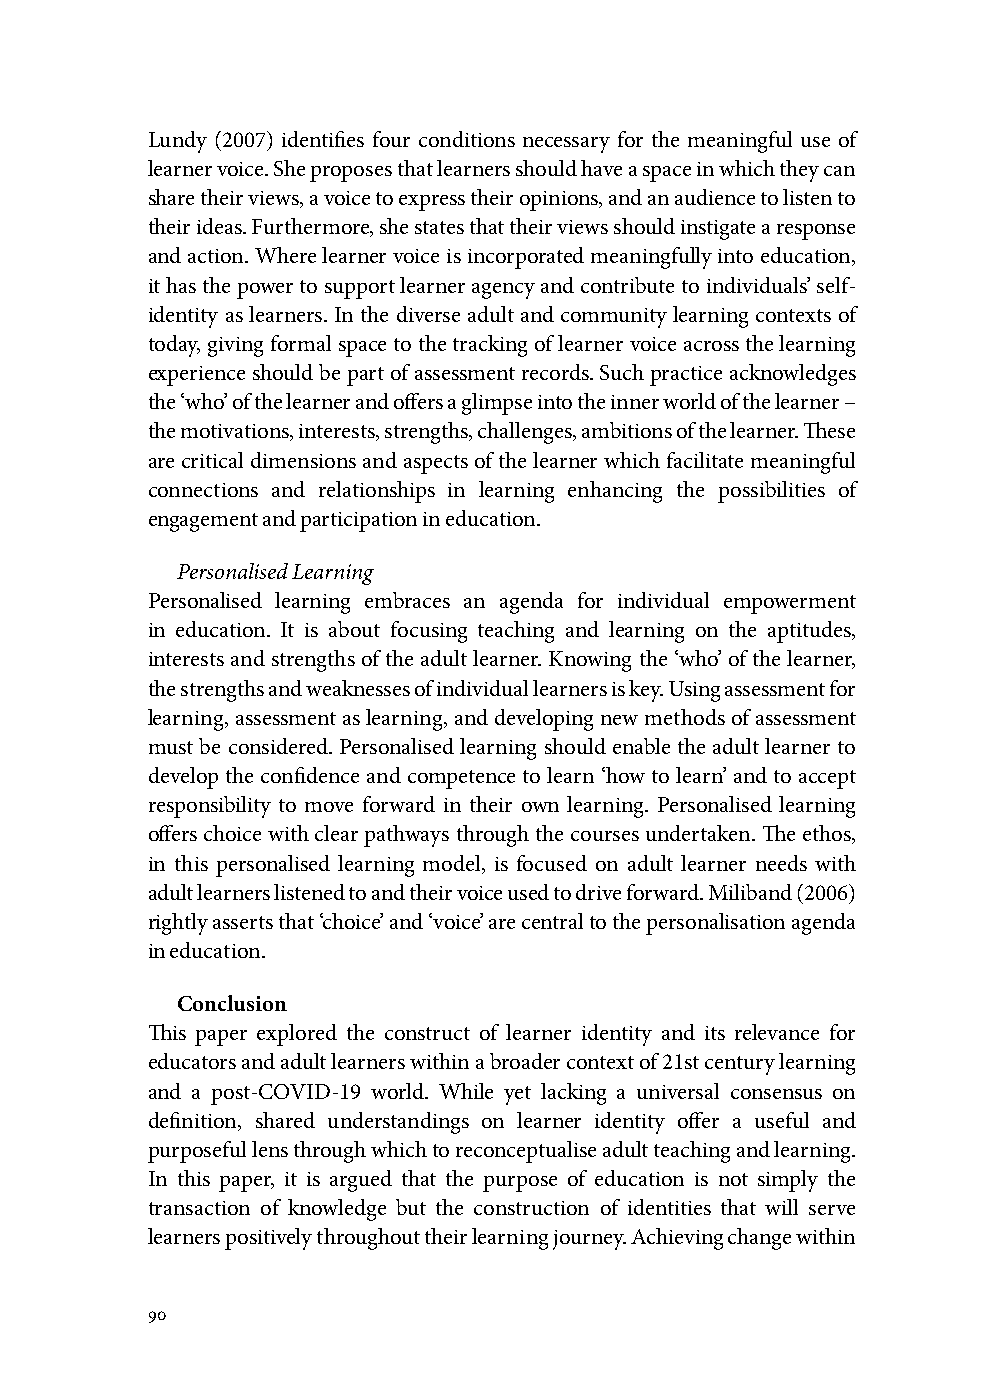
Lundy (2007) identifies four conditions necessary for the meaningful use of
 learner voice. She proposes that learners should have a space in which they can
 share their views, a voice to express their opinions, and an audience to listen to
 their ideas. Furthermore, she states that their views should instigate a response
 and action. Where learner voice is incorporated meaningfully into education,
 it has the power to support learner agency and contribute to individuals’ self-
 identity as learners. In the diverse adult and community learning contexts of
 today, giving formal space to the tracking of learner voice across the learning
 experience should be part of assessment records. Such practice acknowledges
 the ‘who’ of the learner and offers a glimpse into the inner world of the learner –
 the motivations, interests, strengths, challenges, ambitions of the learner. These
 are critical dimensions and aspects of the learner which facilitate meaningful
 connections and relationships in learning enhancing the possibilities of
 engagement and participation in education.
 Personalised Learning
 Personalised learning embraces an agenda for individual empowerment
 in education. It is about focusing teaching and learning on the aptitudes,
 interests and strengths of the adult learner. Knowing the ‘who’ of the learner,
 the strengths and weaknesses of individual learners is key. Using assessment for
 learning, assessment as learning, and developing new methods of assessment
 must be considered. Personalised learning should enable the adult learner to
 develop the confidence and competence to learn ‘how to learn’ and to accept
 responsibility to move forward in their own learning. Personalised learning
 offers choice with clear pathways through the courses undertaken. The ethos,
 in this personalised learning model, is focused on adult learner needs with
 adult learners listened to and their voice used to drive forward. Miliband (2006)
 rightly asserts that ‘choice’ and ‘voice’ are central to the personalisation agenda
 in education.
 Conclusion
 This paper explored the construct of learner identity and its relevance for
 educators and adult learners within a broader context of 21st century learning
 and a post-COVID-19 world. While yet lacking a universal consensus on
 definition, shared understandings on learner identity offer a useful and
 purposeful lens through which to reconceptualise adult teaching and learning.
 In this paper, it is argued that the purpose of education is not simply the
 transaction of knowledge but the construction of identities that will serve
 learners positively throughout their learning journey. Achieving change within
 90